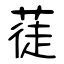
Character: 蓗